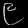
Digit: ၉